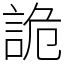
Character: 詭